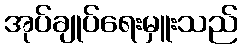
အုပ်ချုပ်ရေးမှူးသည်